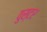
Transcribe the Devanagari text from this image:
वुस्टर